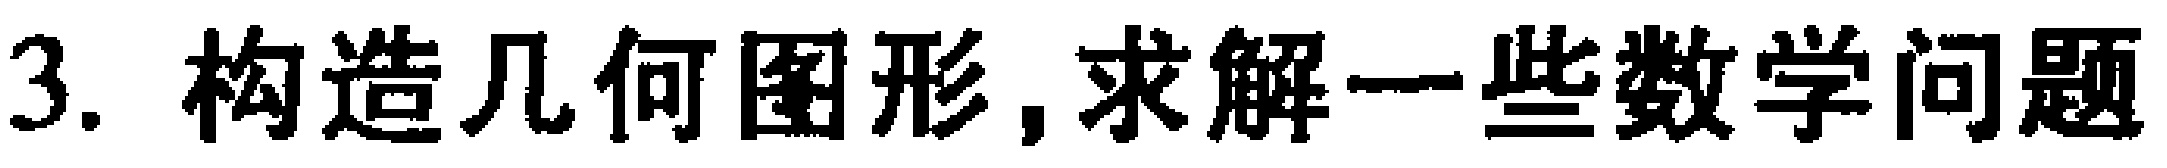
3. 构造几何图形,求解一些数学问题